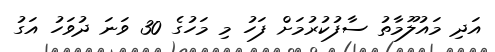
އަދި މައުލޫމާތު ސާފުކުރުމަށް ފަހު މި މަހުގެ 30 ވަނަ ދުވަހު އަގު